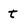
Character: t